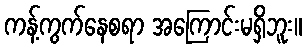
ကန့်ကွက်နေစရာ အကြောင်းမရှိဘူး။